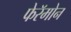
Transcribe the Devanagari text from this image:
फेरॅमोन